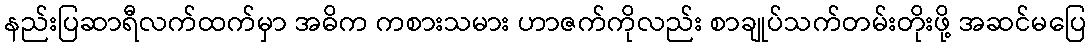
နည်းပြဆာရီလက်ထက်မှာ အဓိက ကစားသမား ဟာဇက်ကိုလည်း စာချုပ်သက်တမ်းတိုးဖို့ အဆင်မပြေ